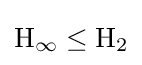
\mathrm {H} _{\infty }\leq \mathrm {H} _{2}